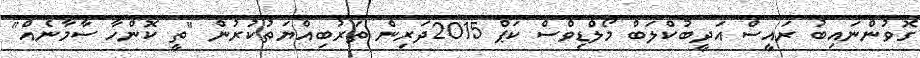
ގޮވުންނައިބު ރައީސް އަދީބުކްލަބް މޯލްޑިވްސް ކަޕް 2015ދަރިން ތަރުބިއްޔަތުކުރުން "ތީ ކޮންހާ ސާމާނެއް"